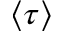
\langle \tau \rangle